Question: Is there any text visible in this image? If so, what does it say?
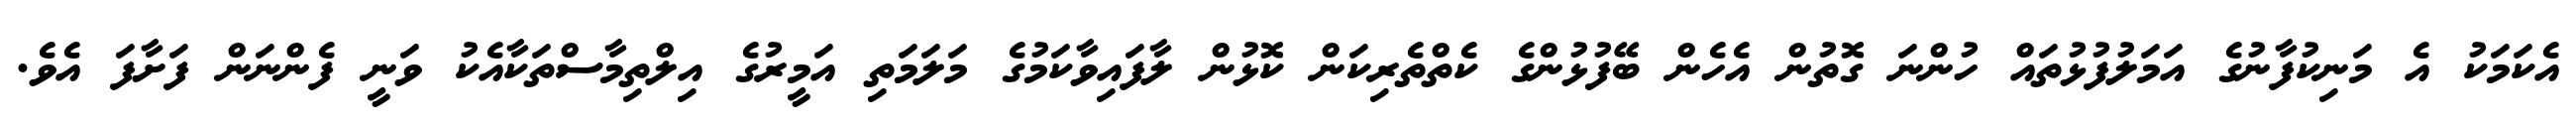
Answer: އެކަމަކު އެ މަނިކުފާނުގެ އަމަލުފުޅުތައް ހުންނަ ގޮތުން އެހެން ބޭފުޅުންގެ ކެތްތެރިކަން ކޮޅުން ލާފައިވާކަމުގެ މަލަމަތި އަމީރުގެ އިލްތިމާސްތަކާއެކު ވަނީ ފެންނަން ފަށާފަ އެވެ.